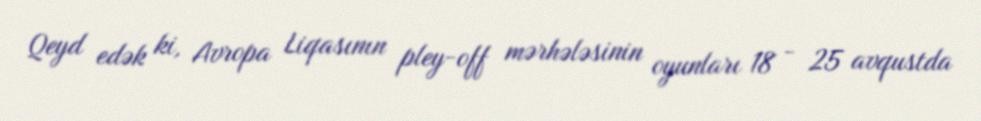
Qeyd edək ki, Avropa Liqasının pley-off mərhələsinin oyunları 18 - 25 avqustda